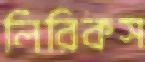
লিরিকস